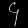
Digit: ၄